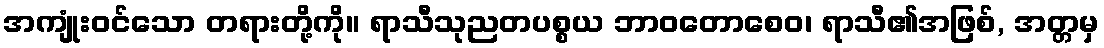
အကျုံးဝင်သော တရားတို့ကို။ ရာသီသုညတပစ္စယ ဘာဝတောစေဝ၊ ရာသီ၏အဖြစ်, အတ္တမှ